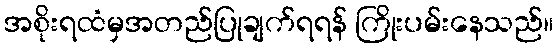
အစိုးရထံမှအတည်ပြုချက်ရရန် ကြိုးပမ်းနေသည်။